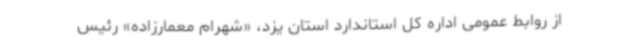
از روابط عمومی اداره کل استاندارد استان یزد، «شهرام معمارزاده» رئیس